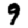
Digit: 9